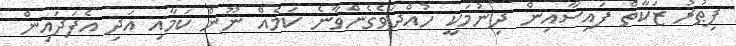
ފިޠުރު ޒަކާތް ފައިސާއިން ދިނުމަކީ ހުއްދަވެގެންވާނެ ކަމެއް ނޫން ކަމާއި އަދި އެފަދައިން